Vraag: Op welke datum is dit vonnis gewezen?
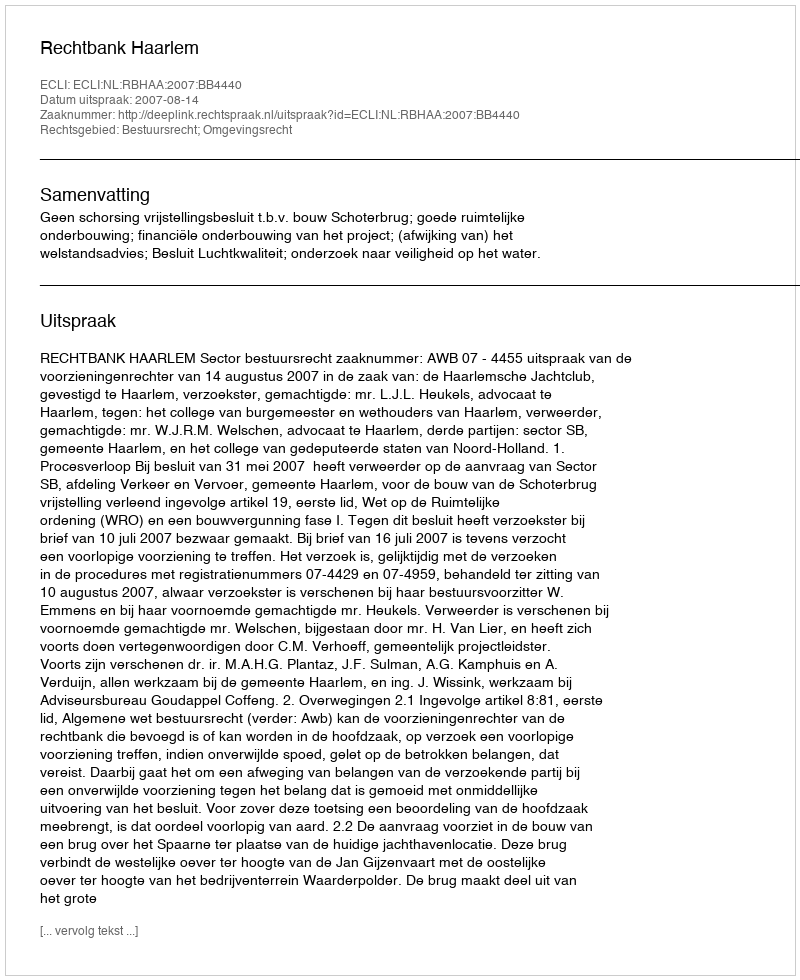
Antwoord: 2007-08-14